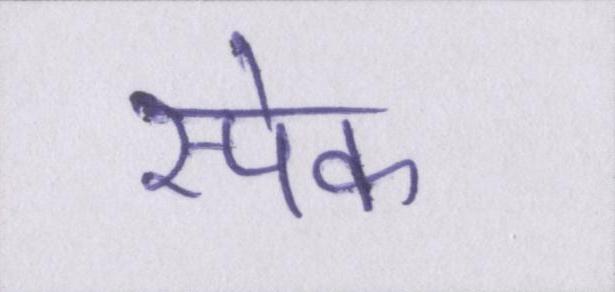
स्पेक